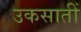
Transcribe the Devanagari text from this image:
उकसातीं